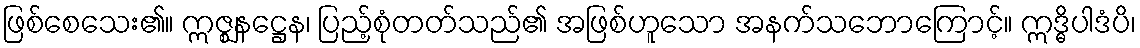
ဖြစ်စေသေး၏။ ဣဇ္ဈနဋ္ဌေန၊ ပြည့်စုံတတ်သည်၏ အဖြစ်ဟူသော အနက်သဘောကြောင့်။ ဣဒ္ဓိပါဒံပိ၊